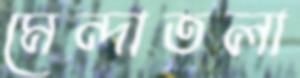
মেন্দাতলা